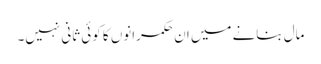
مال بنانے میں ان حکمرانوں کا کوئی ثانی نہیں۔